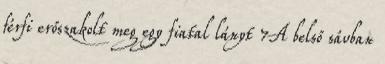
férfi erőszakolt meg egy fiatal lányt 7A belső sávban